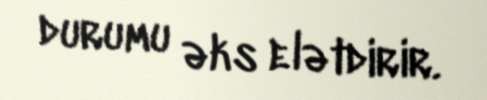
durumu əks elətdirir.